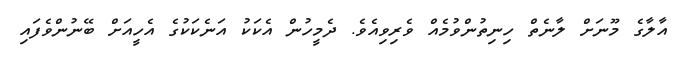
އާލާގެ މޫނަށް ލާނެތް ހިނިތުންވުމެއް ވެރިވިއެވެ. ދެމީހުން އެކަކު އަނެކަކުގެ އެހީއަށް ބޭނުންވެފައި